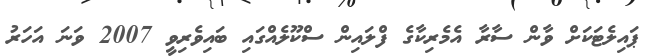
ޕައިލެޓަކަށް ވާން ސާރާ އެމެރިކާގެ ފްލައިން ސްކޫލެއްގައި ބައިވެރިވީ 2007 ވަނަ އަހަރު